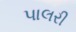
પાલરી